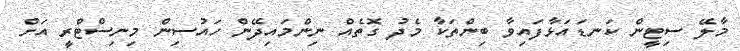
މާލޭ ސިޓީން ކަނޑައަޅާފައިވާ ބިންތަކާ މެދު ގޮތެއް ނިންމައިދޭން ހައުސިން މިނިސްޓްރީ އަށް